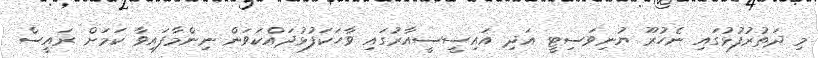
މި ދަތުރުފުޅުގައި ނެހުރޫ ޔުނިވަސިޓީ އަދި އައިސީސީއާރުގައި ވާހަކަފުޅުދައްކަވަން ނިންމާފައިވާ ކަމަށް ރައީސް